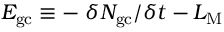
{ \cal E } _ { \mathrm { g c } } \equiv - \; \delta { \cal N } _ { \mathrm { g c } } / \delta t - { \cal L } _ { \mathrm { M } }